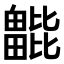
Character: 𣬖